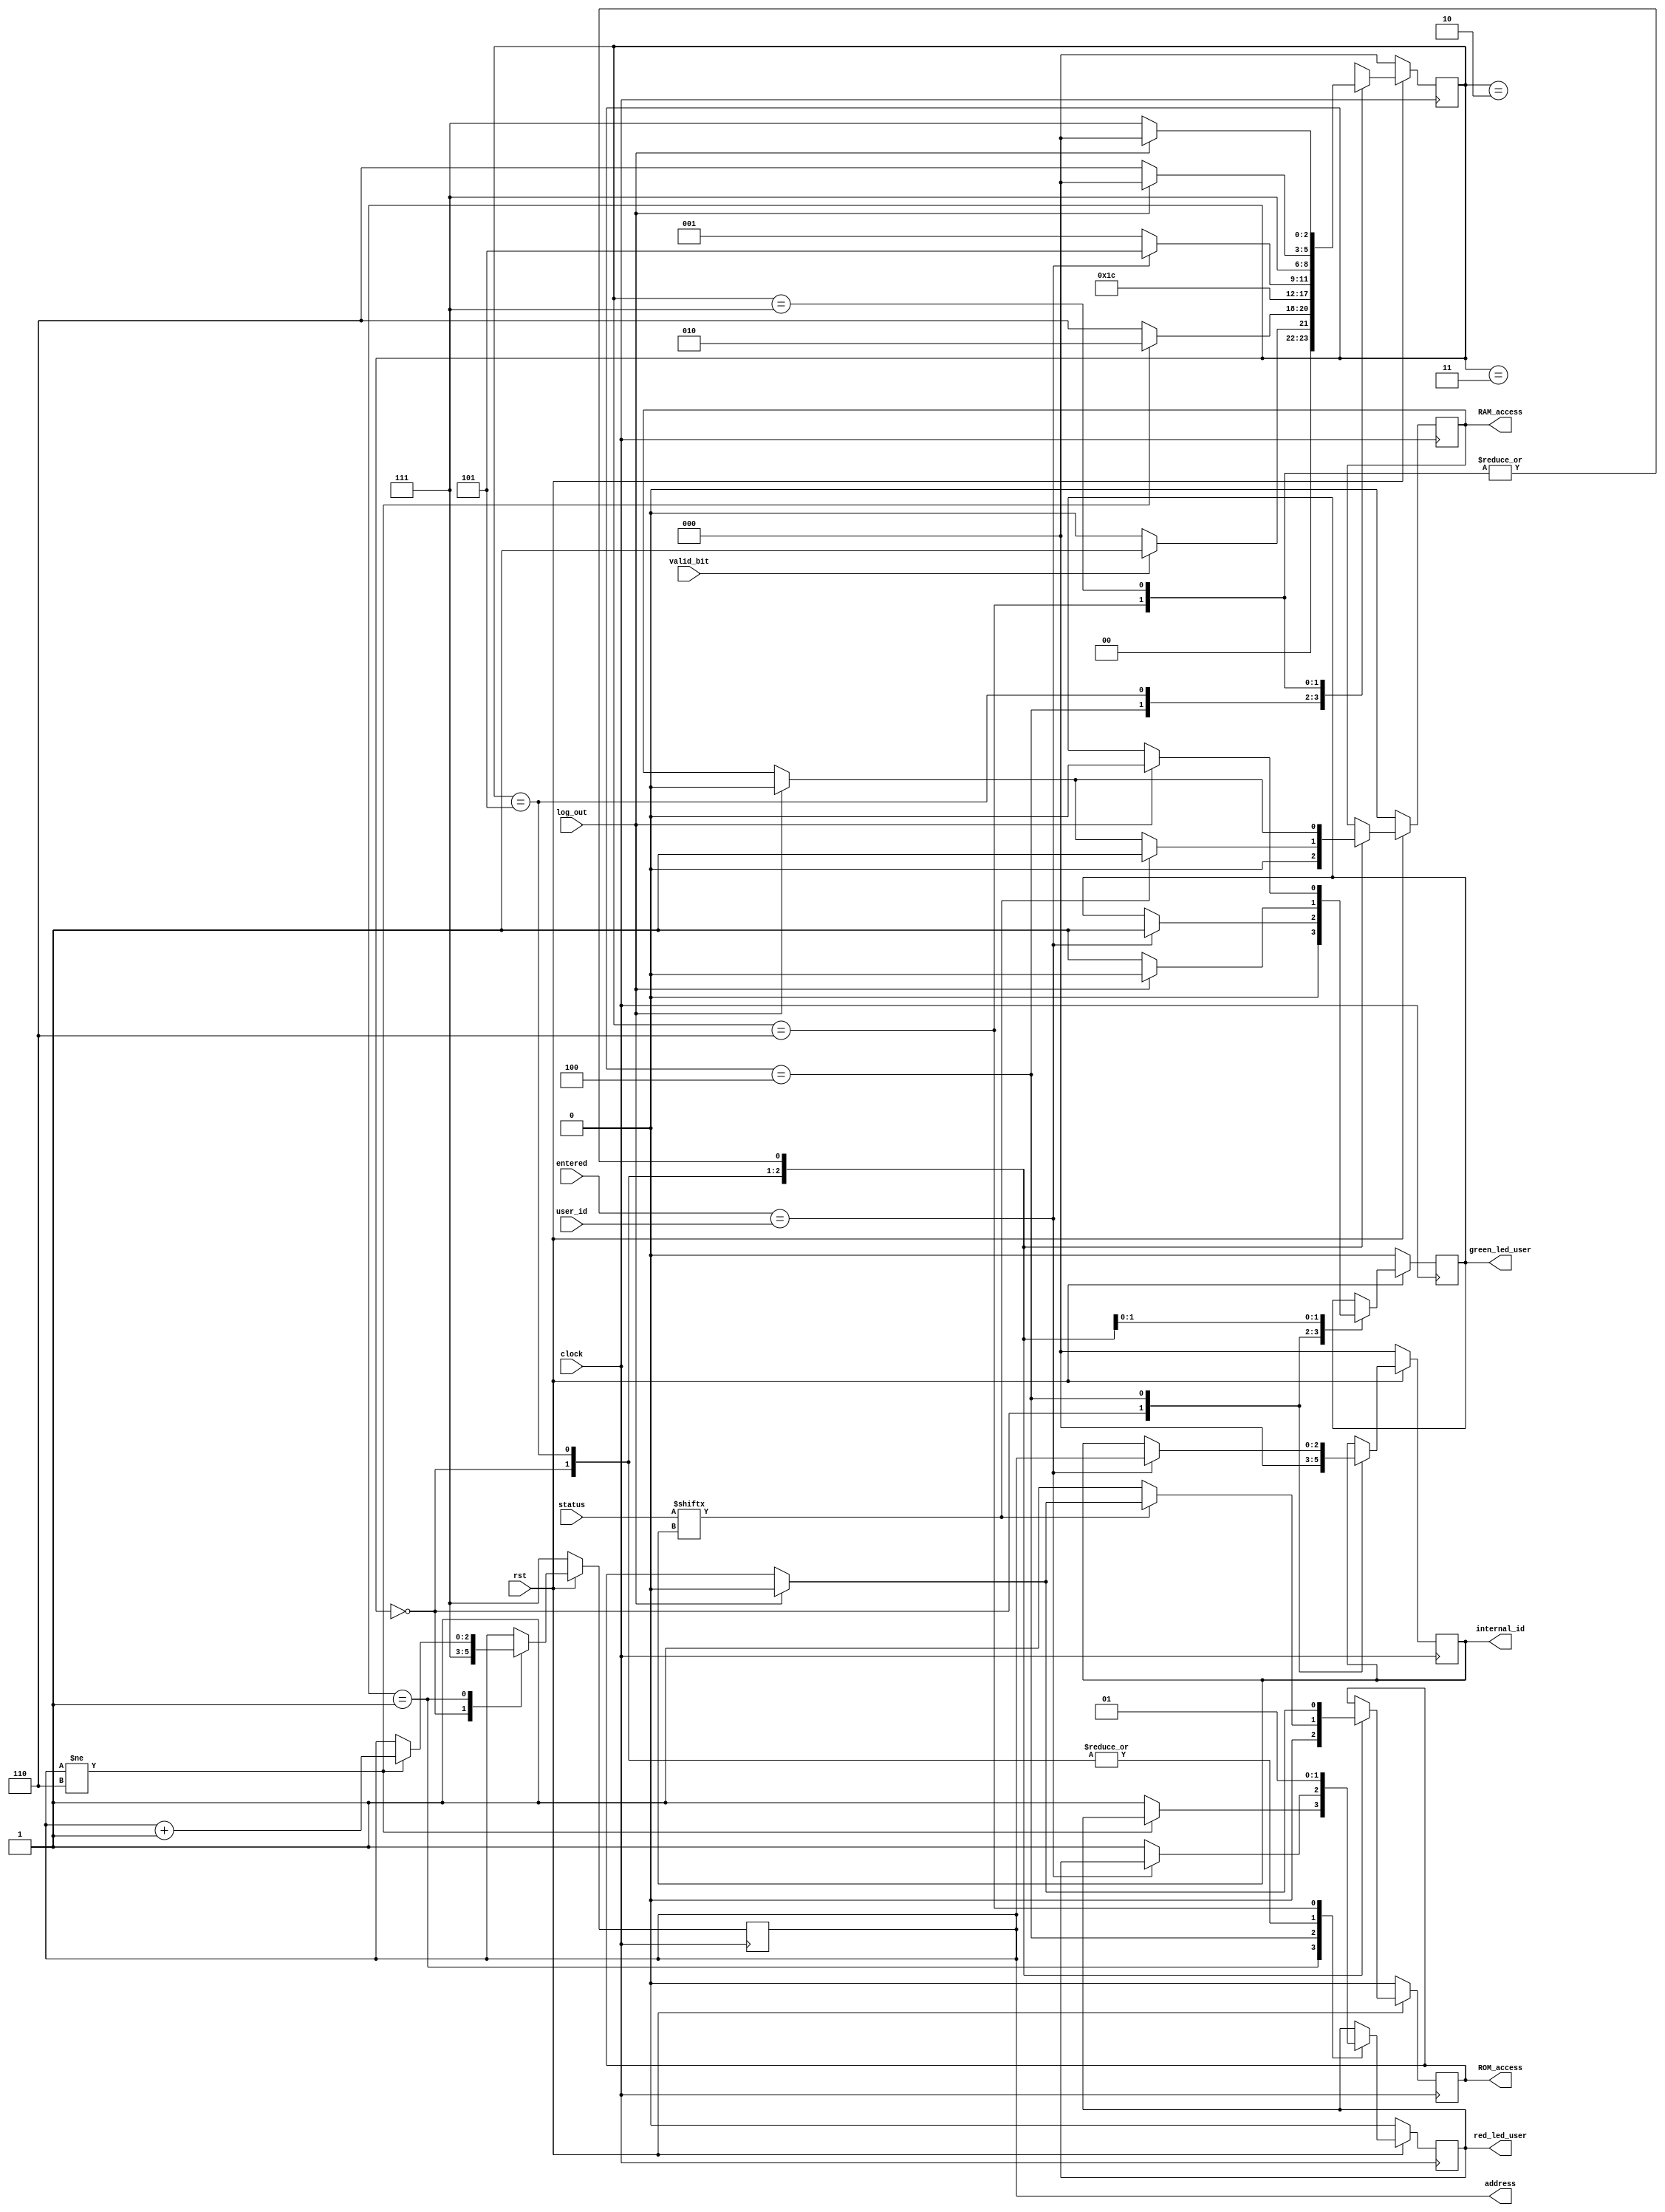
//MISSION-V
//Module for ROM User ID Control
`timescale 1ps/1ps
module ROM_User_ID_Control(entered,log_out,valid_bit,status,address,user_id,internal_id,ROM_access,RAM_access,green_led_user,red_led_user,clock,rst);
 input[15:0] entered,user_id; 
 input [6:0] status;
 output reg [2:0] internal_id,address;
 output reg ROM_access,RAM_access,red_led_user,green_led_user;
 input valid_bit,log_out;
 input clock,rst;
 reg[2:0] state;
 parameter INIT=0,ROM_addr=1,delay1=2,delay2=3,comparing=4,ROM_RAM_access=5,fail=6,halt=7;

always @(posedge clock)
begin
 if(rst==0)
 begin
  red_led_user<=0;
  green_led_user<=0;
  state<=INIT;
  address<=3'b111;
  ROM_access<=0;
  RAM_access<=0;
  internal_id<=3'b000;
 end
 else
 begin
  case(state)
  INIT:
  begin
   red_led_user<=0;
   green_led_user<=0;
   address<=3'b111;
   ROM_access<=0;
   RAM_access<=0;
   internal_id<=3'b000;
   if(valid_bit==1)
   begin
    state<=ROM_addr;
   end
   else state<=INIT;
  end
  ROM_addr:
  begin
   if(address!=3'b110)
   begin
   address<=address+3'b001;
   state<=delay1;
   end
   else begin 
   state<=fail;
   red_led_user<=1;
   end
  end
  delay1:
  begin
   state<=delay2;
  end
  delay2:
  begin
   state<=comparing;
  end
  comparing:
  begin
   if(entered==user_id)
   begin
    green_led_user<=1;
    internal_id<=address;
    state<=ROM_RAM_access;
   end
   else
   begin
    red_led_user<=1;
    state<=ROM_addr;
   end
  end
  ROM_RAM_access:
  begin
   green_led_user<=1;
   red_led_user<=0;
   if(log_out==1)
   begin
    ROM_access<=0;
    RAM_access<=0;
    state<=INIT;
    green_led_user<=0;
   end
   else begin
    state<=ROM_RAM_access;
   end
   if(status[internal_id]==1)
   begin
    RAM_access<=1;
    state<=halt;
   end
   else
   begin
    ROM_access<=1;
    state<=halt;
   end
  end
  fail:
  begin
   red_led_user<=1;
   if(log_out==1)
   begin
    ROM_access<=0;
    RAM_access<=0;
    green_led_user<=0;
    state<=INIT;
   end
   else
    state<=fail;
  end
  halt:
  begin
   if(log_out==1)
   begin
    ROM_access<=0;
    RAM_access<=0;
    state<=INIT;
    green_led_user<=0;
   end
   else
    state<=halt;  
  end
  endcase
 end
end
endmodule